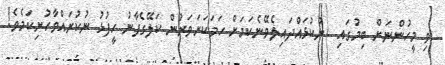
ވި މީހުންނަށް ބިމުގައި  ނުކުޅައްދައިލެވޭނެކަމަށް ހަމަކަށަވަރުން ކަލޭގެފާނު ހީފުޅު ނުކުރައްވާހުށިކަމެވެ!